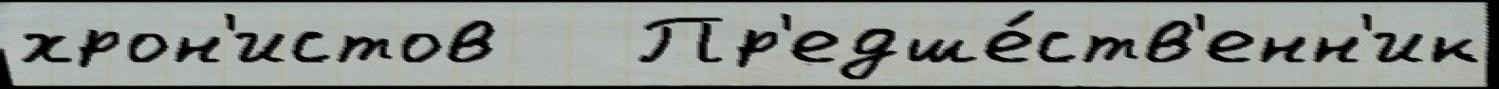
хрон'истов   Пр'едше́ств'енн'ик